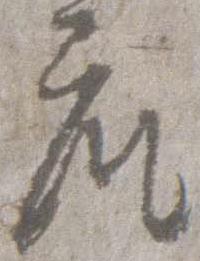
座